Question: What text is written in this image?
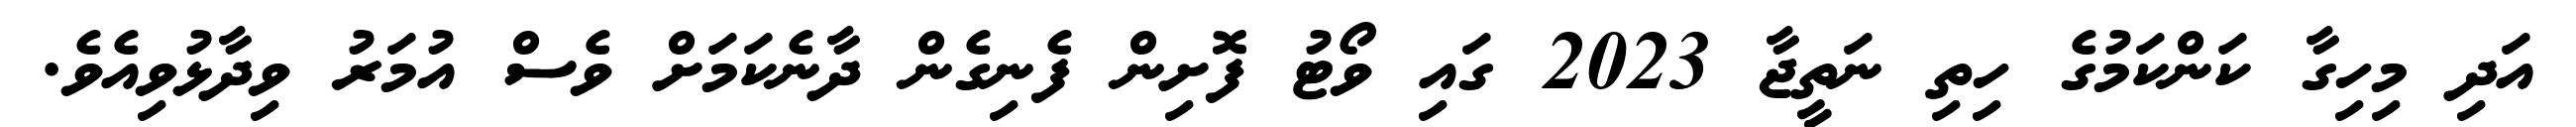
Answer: އަދި މިހިގާ ކަންކަމުގެ ހިތި ނަތީޖާ 2023 ގައި ވޯޓު ފޮށިން ފެނިގެން ދާނެކަމަށް ވެސް އުމަރު ވިދާޅުވިއެވެ.